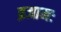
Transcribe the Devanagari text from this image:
व्रजामः